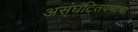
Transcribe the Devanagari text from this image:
असंघटितपणाचा